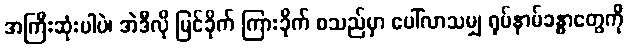
အကြီးဆုံးပါပဲ၊ အဲဒီလို မြင်ခိုက် ကြားခိုက် စသည်မှာ ပေါ်လာသမျှ ရုပ်နာမ်ခန္ဓာတွေကို